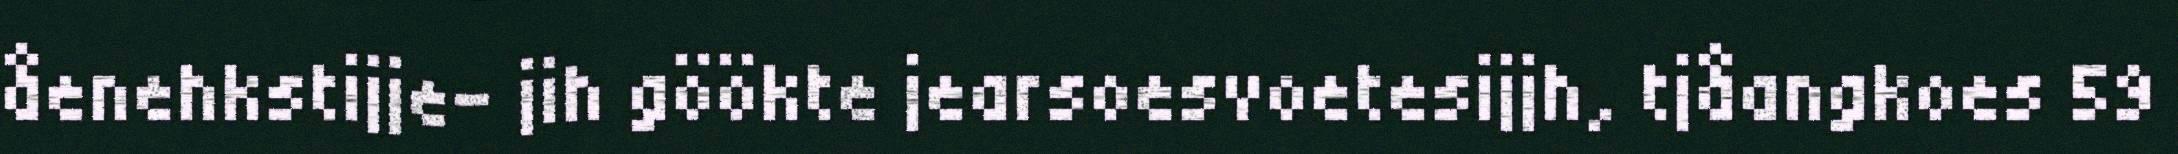
åenehkstijje- jih göökte jearsoesvoetesijjh, tjåangkoes 59